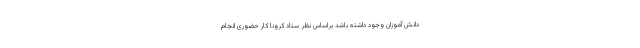
دانش آموزان وجود داشته باشد براساس نظر ستاد کرونا کار حضوری انجام